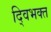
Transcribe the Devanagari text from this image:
द्विभक्त